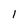
Character: 1